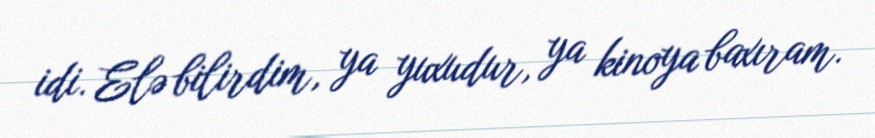
idi. Elə bilirdim, ya yuxudur, ya kinoya baxıram.